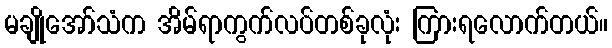
မချိုအော်သံက အိမ်ရာကွက်လပ်တစ်ခုလုံး ကြားရလောက်တယ်။